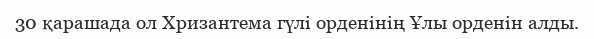
30 қарашада ол Хризантема гүлі орденінің Ұлы орденін алды.